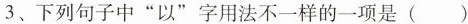
3、下列句子中”以”字用法不一样的一项是（）